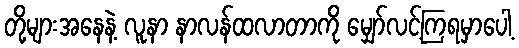
တို့များအနေနဲ့ လူနာ နာလန်ထလာတာကို မျှော်လင့်ကြရမှာပေါ့